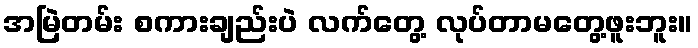
အမြဲတမ်း စကားချည်းပဲ လက်တွေ့ လုပ်တာမတွေ့ဖူးဘူး။